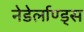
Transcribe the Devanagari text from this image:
नेडेर्लाण्ड्स